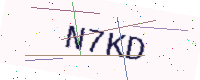
Text: N7KD